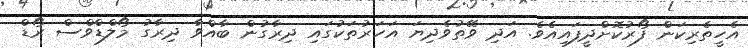
އެހީތެރިކަން ފޯރުކޮށްދީފައިއެވެ. އަދި ވޭތުވެދިޔަ އަހަރުތަކުގައި ދިރާގުން ބާއްވާ ދިރާގު މޯލްޑްވްސް ރޯޑް